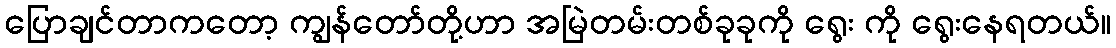
ပြောချင်တာကတော့ ကျွန်တော်တို့ဟာ အမြဲတမ်းတစ်ခုခုကို ရွေး ကို ရွေးနေရတယ်။